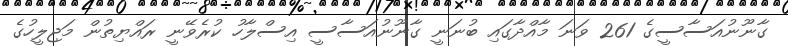
ގާނޫނުއަސާސީގެ 261 ވަނަ މާއްދާގައި ބުނަނީ ގާނޫނުއަސާސީ އިސްލާހު ކުރެވޭނީ ރައްޔިތުން މަޖިލީހުގެ